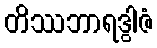
တိဿဘာရဒွါဇံ